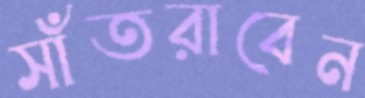
সাঁতরাবেন